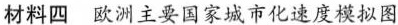
材料四 欧洲主要国家城市化速度模拟图